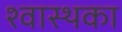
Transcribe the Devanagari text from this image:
श्वास्थका